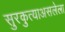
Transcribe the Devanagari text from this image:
सुरकुत्याअसलेला